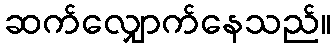
ဆက်လျှောက်နေသည်။